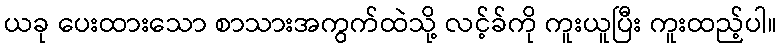
ယခု ပေးထားသော စာသားအကွက်ထဲသို့ လင့်ခ်ကို ကူးယူပြီး ကူးထည့်ပါ။